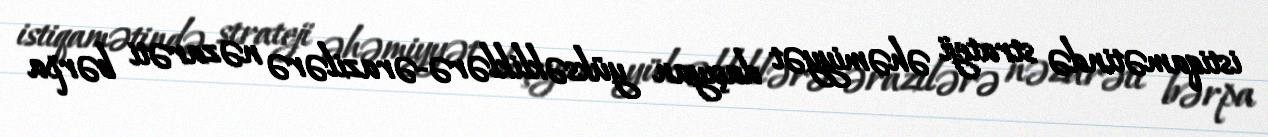
istiqamətində strateji əhəmiyyət daşıyan yüksəkliklərə-ərazilərə nəzarəti bərpa